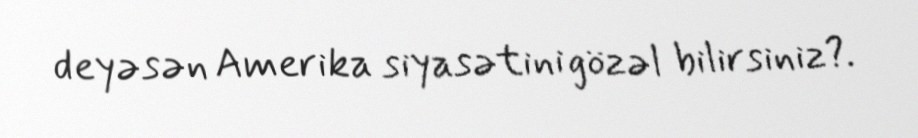
deyəsən Amerika siyasətini gözəl bilirsiniz?.